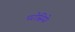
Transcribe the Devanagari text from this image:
परोसिये।